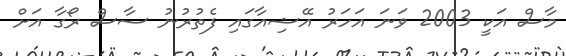
މާސް އަކީ 2003 ވަނަ އަހަރު އޭޝިއާގައި ފެތުރުނު ސާސް ރޯގާ އަށް